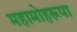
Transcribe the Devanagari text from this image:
महामोहरूपा